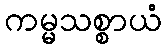
ကမ္မသစ္စာယံ